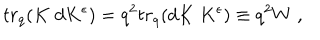
t r _ { q } ( K \; d K ^ { \epsilon } ) = q ^ { 2 } t r _ { q } ( d K \; K ^ { \epsilon } ) \equiv q ^ { 2 } W \; ,